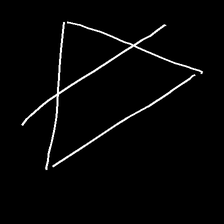
Glyph: empower